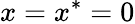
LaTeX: x=x^{*}=0